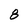
Character: 8